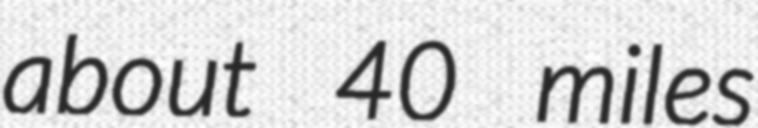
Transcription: about 40 miles